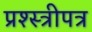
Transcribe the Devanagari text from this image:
प्रश्स्त्रीपत्र